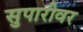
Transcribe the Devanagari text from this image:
सुपारीवर